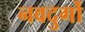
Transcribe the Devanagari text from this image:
नवदुर्गो